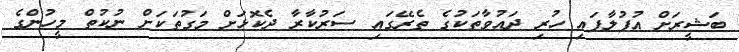
ބަޝީރަށް އުފުލާފައި ހުރި ދައުވާތަކުގެ ތެރޭގައި ސަރުކާރާ ދެކޮޅަށް މަގުތަކަށް ނުކުތް މީހުންގެ